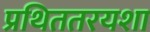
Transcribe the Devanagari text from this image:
प्रथिततरयशा